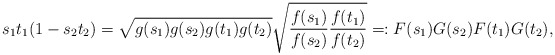
\begin{align*} s_1t_1(1-s_2t_2) = \sqrt{g(s_1)g(s_2)g(t_1)g(t_2)} \sqrt{\frac{f(s_1)}{f(s_2)}\frac{f(t_1)}{f(t_2)} } =:F(s_1)G(s_2)F(t_1)G(t_2), \end{align*}